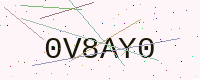
Text: 0V8AY0